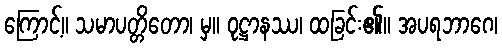
ကြောင့်။ သမာပတ္တိတော၊ မှ။ ဝုဋ္ဌာနဿ၊ ထခြင်း၏။ အပရဘာဂေ၊